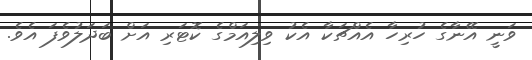
ވަނީ އޭނާގެ ހުރިހާ އެއްޗަކާ އެކު ވިލިއަމްގެ ކޮޓަރި އަށް ބަދަލުވެފަ އެވެ.